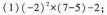
(1)$$(-2)^{2}\times (7-5)-2$$;